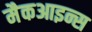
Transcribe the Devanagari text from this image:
मैकआइन्स